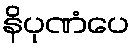
နိပုဏံပေ